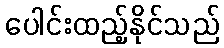
ပေါင်းထည့်နိုင်သည်